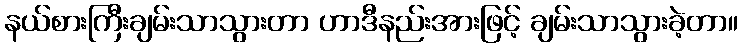
နယ်စားကြီးချမ်းသာသွားတာ ဟာဒီနည်းအားဖြင့် ချမ်းသာသွားခဲ့တာ။